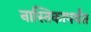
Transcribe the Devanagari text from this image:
नास्तिकापर्यंत